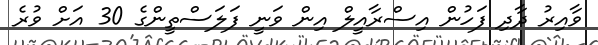
ވާއިރު ދާދި ފަހުން އިސްރާއީލް އިން ވަނީ ފަލަސްތީންގެ 30 އަށް ވުރެ